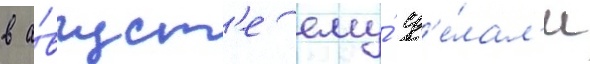
в а́вгуст'е ему́ сд'е́лал'и